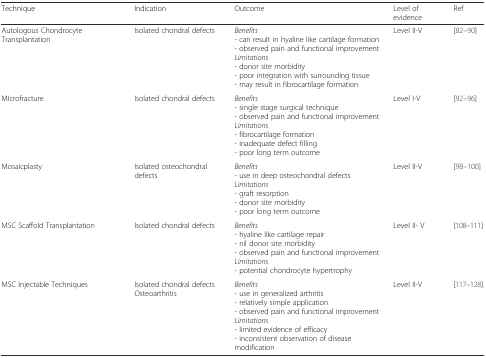
| Technique | Indication | Outcome | Level of evidence | Ref |
 | --- | --- | --- | --- | --- |
 | Autologous Chondrocyte Transplantation | Isolated chondral defects | Benefits- can result in hyaline like cartilage formation- observed pain and functional improvementLimitations- donor site morbidity- poor integration with surrounding tissue- may result in fibrocartilage formation | Level II-V | [82–90] |
 | MIcrofracture | Isolated chondral defects | Benefits- single stage surgical technique- observed pain and functional improvementLimitations- fibrocartilage formation- inadequate defect filling- poor long term outcome | Level I-V | [92–96] |
 | Mosaicplasty | Isolated osteochondral defects | Benefits- use in deep osteochondral defectsLimitations- graft resorption- donor site morbidity- poor long term outcome | Level II-V | [98–100] |
 | MSC Scaffold Transplantation | Isolated chondral defects | Benefits- hyaline like cartilage repair- nil donor site morbidity- observed pain and functional improvementLimitations- potential chondrocyte hypertrophy | Level II- V | [108–111] |
 | MSC Injectable Techniques | Isolated chondral defectsOsteoarthritis | Benefits- use in generalized arthritis- relatively simple application- observed pain and functional improvementLimitations- limited evidence of efficacy- inconsistent observation of disease modification | Level II-V | [117–128] |